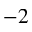
^ { - 2 }